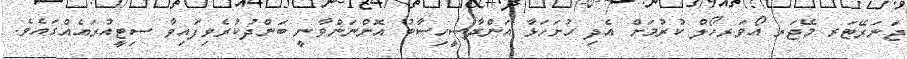
ޖަނަރޭޓަރ މޭޖަރ އޯވަރހޯލް ކުރުމަށް އެދި ހުށަހަޅާ އަންދާސީހިސާބު އޮންނަންވާނީ ބަންދުކުރެވިފައިވާ ސިޓީއުރައެއްގައެވެ.